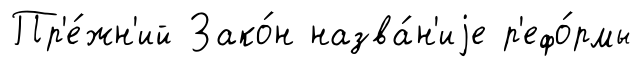
Пр'е́жн'ий Зако́н назва́н'иjе р'ефо́рмы